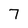
Character: 7